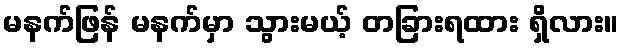
မနက်ဖြန် မနက်မှာ သွားမယ့် တခြားရထား ရှိလား။